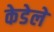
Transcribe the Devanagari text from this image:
केडेले